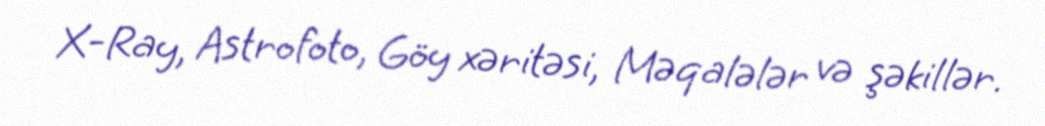
X-Ray, Astrofoto, Göy xəritəsi, Məqalələr və şəkillər.